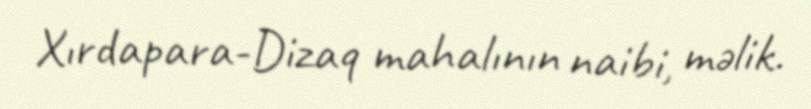
Xırdapara-Dizaq mahalının naibi, məlik.